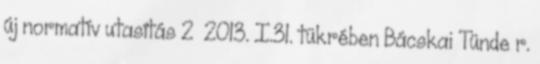
új normatív utasítás 2 2013. I.31. tükrében Bácskai Tünde r.